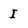
Character: I